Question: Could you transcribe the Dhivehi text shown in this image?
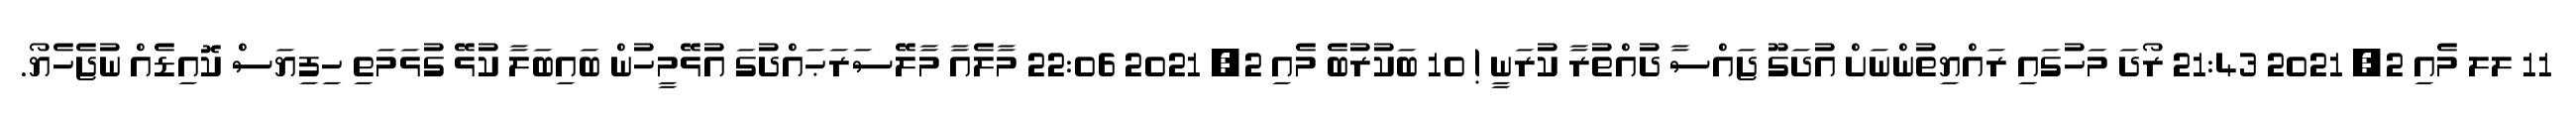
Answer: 11 ލލ މެއި 2, 2021 21:43 ރޯދަ މަހުގައި ރައްޔިތުންނަށް އުދަގޫ ޖައްސާ ދުއްތުރާ ކުރަނީ ! 10 ބަކުރުބެ މެއި 2, 2021 22:06 މާލެއާ މާލޭސަރަޙައްދުގަ އުޅޭމީހުން ބައިބަލާ ކުޅޭ ގުޅަމަތި ހިފިޔަސް ކޮއިޑެއް ނުޖެހެޔޯ.